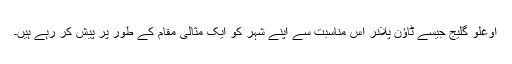
اوغلو گلیج جیسے ٹاؤن پلانر اس مناسبت سے اپنے شہر کو ایک مثالی مقام کے طور پر پیش کر رہے ہیں۔